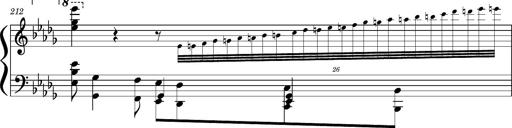
Title: Concerto sans orchestre, S.524a
Composer: Franz Liszt
Key: A major